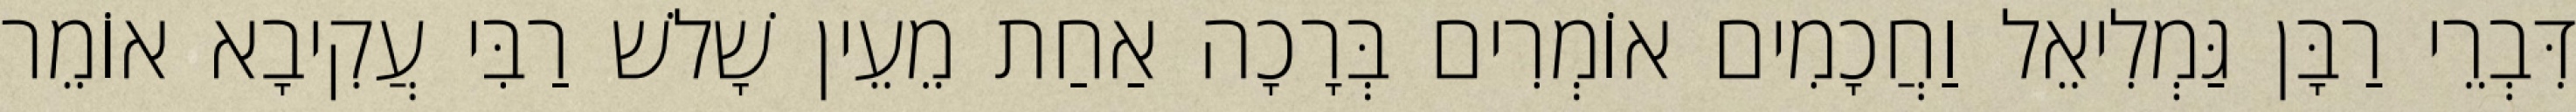
דִּבְרֵי רַבָּן גַּמְלִיאֵל וַחֲכָמִים אוֹמְרִים בְּרָכָה אַחַת מֵעֵין שָׁלשׁ רַבִּי עֲקִיבָא אוֹמֵר